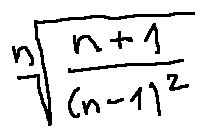
\sqrt [ n ] { \frac { n + 1 } { ( n - 1 ) ^ { 2 } } }